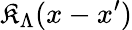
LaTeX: {\cal{\mathfrak{K}}}_{\Lambda}(x-x^{\prime})